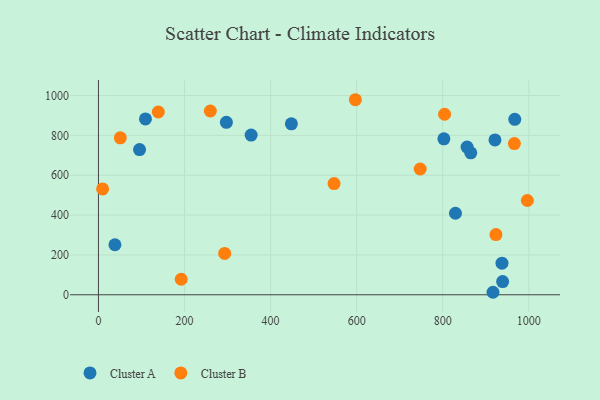
{"axis": {"x": "Distance", "y": "Profit"}, "legend": ["Cluster A", "Cluster B"], "data": [{"x": "38.3", "y": 251.1, "type": "Cluster A"}, {"x": "967.4", "y": 880.6, "type": "Cluster A"}, {"x": "916.8", "y": 12.5, "type": "Cluster A"}, {"x": "865.2", "y": 712.3, "type": "Cluster A"}, {"x": "829.6", "y": 409.2, "type": "Cluster A"}, {"x": "802.7", "y": 782.9, "type": "Cluster A"}, {"x": "297.3", "y": 865.7, "type": "Cluster A"}, {"x": "921.4", "y": 777.4, "type": "Cluster A"}, {"x": "937.7", "y": 158.4, "type": "Cluster A"}, {"x": "354.8", "y": 801.8, "type": "Cluster A"}, {"x": "448.3", "y": 857.8, "type": "Cluster A"}, {"x": "109.2", "y": 882.6, "type": "Cluster A"}, {"x": "95.5", "y": 728.6, "type": "Cluster A"}, {"x": "939.2", "y": 66.1, "type": "Cluster A"}, {"x": "856.6", "y": 741.2, "type": "Cluster A"}, {"x": "9.7", "y": 531.4, "type": "Cluster B"}, {"x": "547.5", "y": 558.1, "type": "Cluster B"}, {"x": "192.3", "y": 77.8, "type": "Cluster B"}, {"x": "923.6", "y": 302.3, "type": "Cluster B"}, {"x": "996.7", "y": 473.2, "type": "Cluster B"}, {"x": "293.3", "y": 207.3, "type": "Cluster B"}, {"x": "139.1", "y": 917.4, "type": "Cluster B"}, {"x": "260.0", "y": 922.4, "type": "Cluster B"}, {"x": "804.3", "y": 906.1, "type": "Cluster B"}, {"x": "747.6", "y": 631.3, "type": "Cluster B"}, {"x": "597.0", "y": 979.0, "type": "Cluster B"}, {"x": "50.8", "y": 787.9, "type": "Cluster B"}, {"x": "966.5", "y": 758.8, "type": "Cluster B"}]}